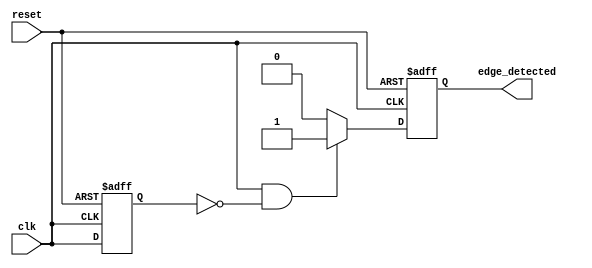
module edge_detector (
    input wire clk,         // Input signal for which the rising edge is to be detected
    input wire reset,       // Asynchronous reset signal
    output reg edge_detected // Output signal indicating detection of a rising edge
);

// Internal signal to store the previous state of the input signal
reg previous_state;

// D Flip-Flop to store the previous state of the input signal
always @(posedge clk or posedge reset) begin
    if (reset) begin
        previous_state <= 1'b0; // Initialize previous state to 0 on reset
    end else begin
        previous_state <= clk;   // Sample the input signal on clock edge
    end
end

// Edge detection logic
always @(posedge clk or posedge reset) begin
    if (reset) begin
        edge_detected <= 1'b0; // Reset output signal
    end else begin
        edge_detected <= (clk && !previous_state) ? 1'b1 : 1'b0; // Detect rising edge
    end
end

endmodule